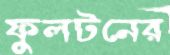
ফুলটনের